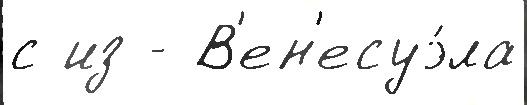
с из - В'ен'есуэ́ла